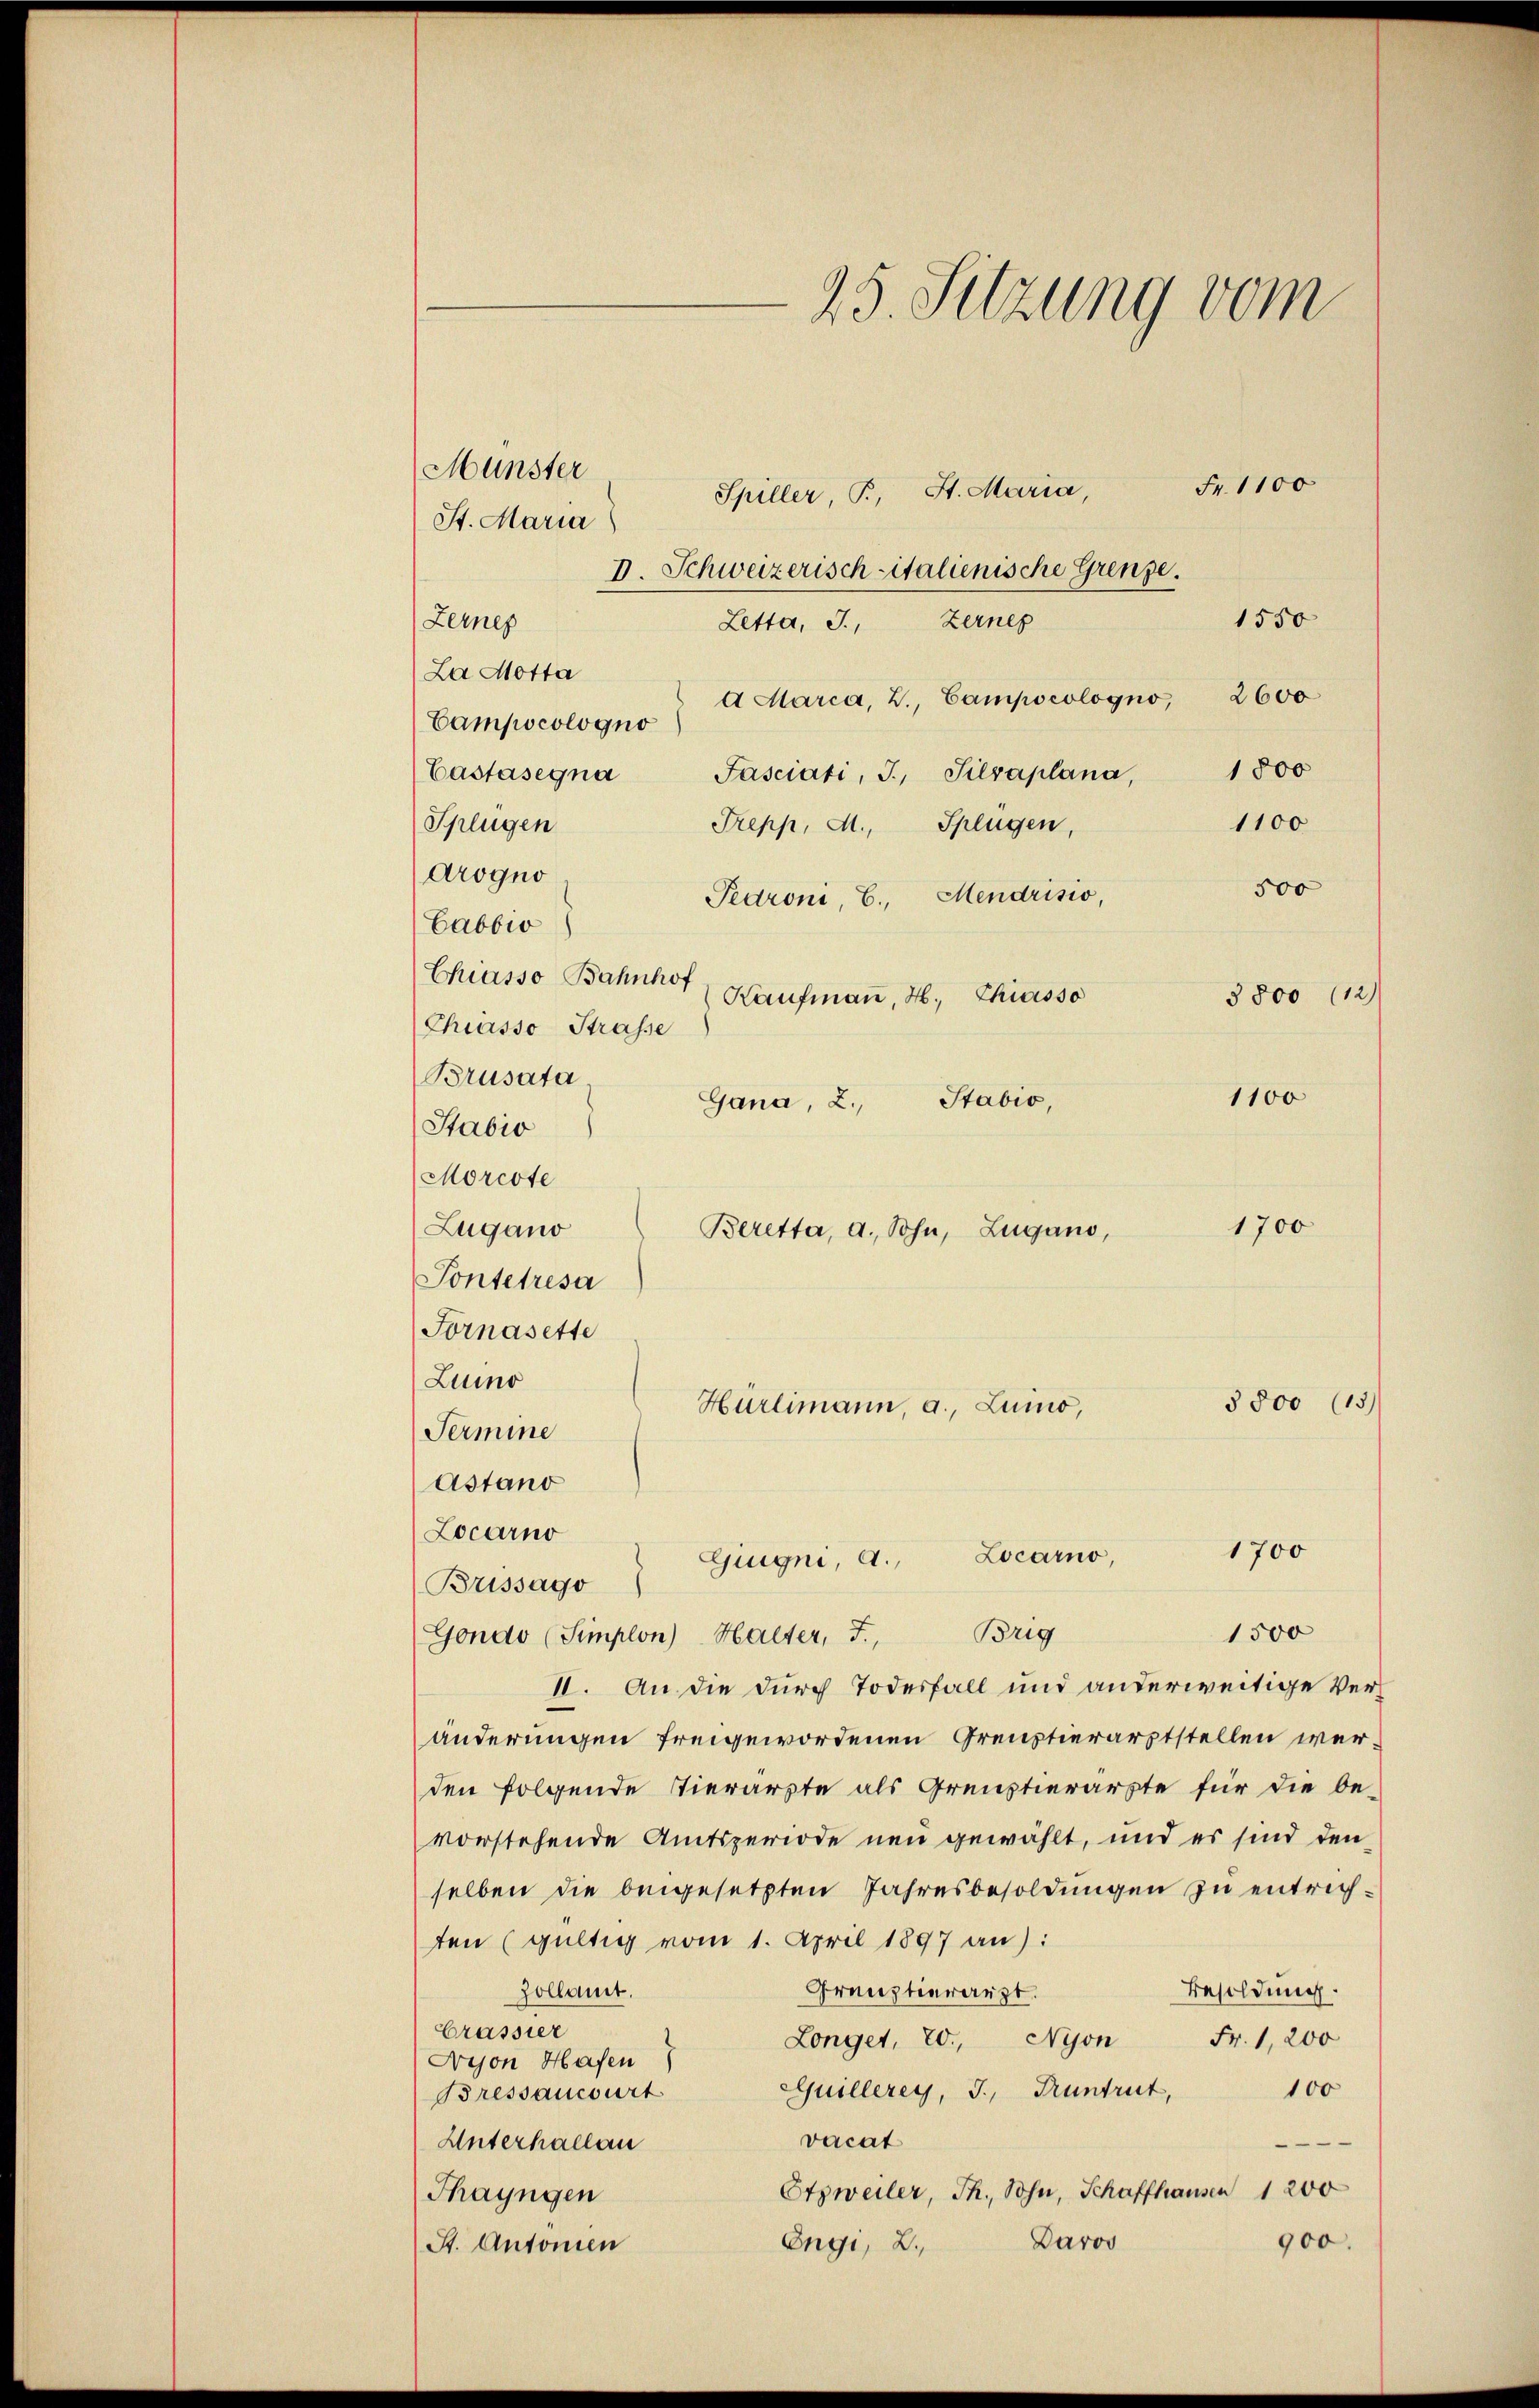
Lerner

Münster
St. Maria
La Motta
Campocologno
Castasegna
Splügen
Arogno
Cabbio
Chiasso Bahnhof
Chiasso Strasse
Brusata
Stabio
Morcote
Zugano
Pontetresa
Fornasette
Luino
3800 (13)
Hürlimann, a., Luino,
Termine
Astano
Locarno
1700
Locarno,
Giugni, A.,
Brissago
Brig
1500
Gondo (Simplon) Halter, J.,
II. An die durch Todesfall und anderweitige Veränderungen freigewordenen Greustierarztstellen werden folgende Tierarzte als Grenztierarzte für die be-
vorstehende Amtsperiode neu gewählt, und es sind den
selben die beigesetzten Jahresbesoldungen zu entrichten (gültig vom 1. April 1897 an):
Grenztierarzt.
Besoldung.
Zollamt.
rassier
Fr. 1, 200
Longet, 20, Nyon
Nyon Hafen
100
euillerey, J. Pruntrut,
Bressancourt
vacat
e
Unterhallan
Etzweiler, Th., Sohn, Schaffhausen 1200
Thayngen
900.
Davos
Engi, 2.
St. Antonien

25. Sitzung vom
Fr. 1100
Spiller, P. St. Maria,
D. Schweizerisch italienische Grenze.
Letta, J., Zernes
2600
A Marca, Z., Campscologno,
Fasciati, I., Silvaplana,
1100
Trepp, M., Splügen,
500
Pedroni, E. Mendrisio,
Haufmann, H. Chiasso
3800 (12
1100
Gana, 2. Stabio,
1700
Beretta, a. Sohn, Lugano,

1550
1800